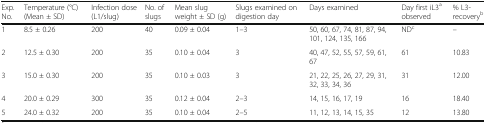
<table><thead><tr><td><b>Exp. No.</b></td><td><b>Temperature (°C) (Mean ± SD)</b></td><td><b>Infection dose (L1/slug)</b></td><td><b>No. of slugs</b></td><td><b>Mean slug weight ± SD (g)</b></td><td><b>Slugs examined on digestion day</b></td><td><b>Days examined</b></td><td><b>Day first iL3<sup>a</sup> observed</b></td><td><b>% L3-recovery<sup>b</sup></b></td></tr></thead><tbody><tr><td>1</td><td>8.5 ± 0.26</td><td>200</td><td>40</td><td>0.09 ± 0.04</td><td>1–3</td><td>50, 60, 67, 74, 81, 87, 94, 101, 124, 135, 166</td><td>ND<sup>c</sup></td><td>–</td></tr><tr><td>2</td><td>12.5 ± 0.30</td><td>200</td><td>35</td><td>0.10 ± 0.04</td><td>3</td><td>40, 47, 52, 55, 57, 59, 61, 67</td><td>61</td><td>10.83</td></tr><tr><td>3</td><td>15.0 ± 0.30</td><td>200</td><td>35</td><td>0.10 ± 0.03</td><td>3</td><td>21, 22, 25, 26, 27, 29, 31, 32, 33, 34, 36</td><td>31</td><td>12.00</td></tr><tr><td>4</td><td>20.0 ± 0.29</td><td>300</td><td>35</td><td>0.12 ± 0.04</td><td>2–3</td><td>14, 15, 16, 17, 19</td><td>16</td><td>18.40</td></tr><tr><td>5</td><td>24.0 ± 0.32</td><td>200</td><td>35</td><td>0.10 ± 0.04</td><td>2–5</td><td>11, 12, 13, 14, 15, 35</td><td>12</td><td>13.80</td></tr></tbody></table>